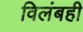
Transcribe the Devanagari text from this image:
विलंबही